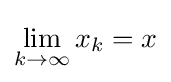
\lim _{k\to \infty }x_{k}=x